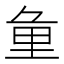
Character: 𨤣